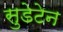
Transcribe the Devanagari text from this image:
सुडेटेन